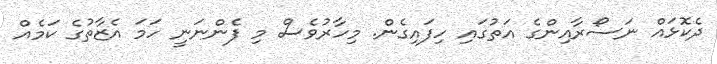
ދެކޮޅައް ނަސޯރާއިންގެ އަތުގައި ހިފައިގެން. މިހާރުވެސް މި ފެންނަނީ ހަމަ އެޒާތުގެ ކަމެއް